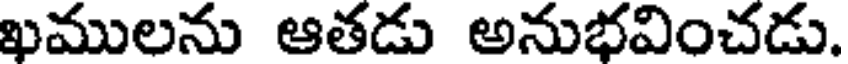
ఖములను ఆతడు అనుభవించడు.